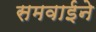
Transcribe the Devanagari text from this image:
समवाईने